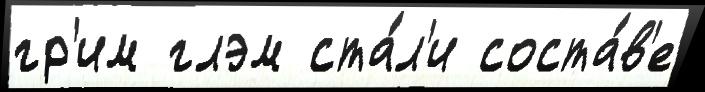
гр'им глэм ста́л'и соста́в'е